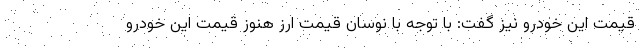
قیمت این خودرو نیز گفت: با توجه با نوسان قیمت ارز هنوز قیمت این خودرو